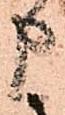
申